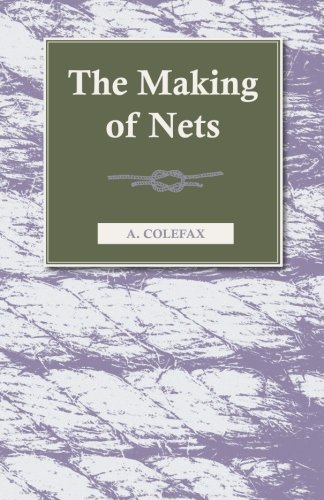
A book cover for The Making of Nets; A. Colefax; Crafts, Hobbies & Home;